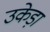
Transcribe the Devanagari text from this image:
उकेड़ा